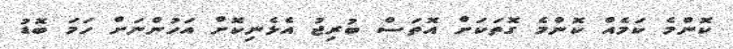
ކޮންމެ ކަމެއް ކޮންމެ ގޮތަކަށް އޮތަސް ބުރިޖު އެޅެނިކޮށް އަހުންނަށް ހަމަ ބޮޑު